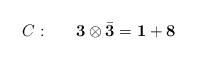
LaTeX: \begin{align*}C:~~~~~{\bf 3} \otimes \bar{\bf 3} = {\bf 1} + {\bf 8}\end{align*}